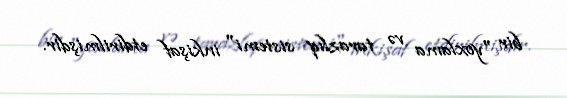
bir "yoxlama və tarazlıq sistemi" inkişaf etdirilmişdir.